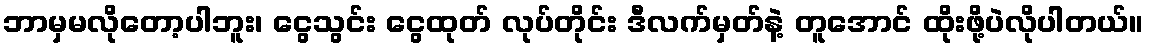
ဘာမှမလိုတော့ပါဘူး၊ ငွေသွင်း ငွေထုတ် လုပ်တိုင်း ဒီလက်မှတ်နဲ့ တူအောင် ထိုးဖို့ပဲလိုပါတယ်။